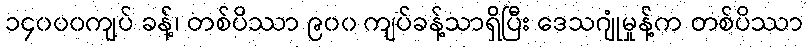
၁၄၀၀၀ကျပ် ခန့်၊ တစ်ပိဿာ ၉၀၀ ကျပ်ခန့်သာရှိပြီး ဒေသဂျုံမှုန့်က တစ်ပိဿာ